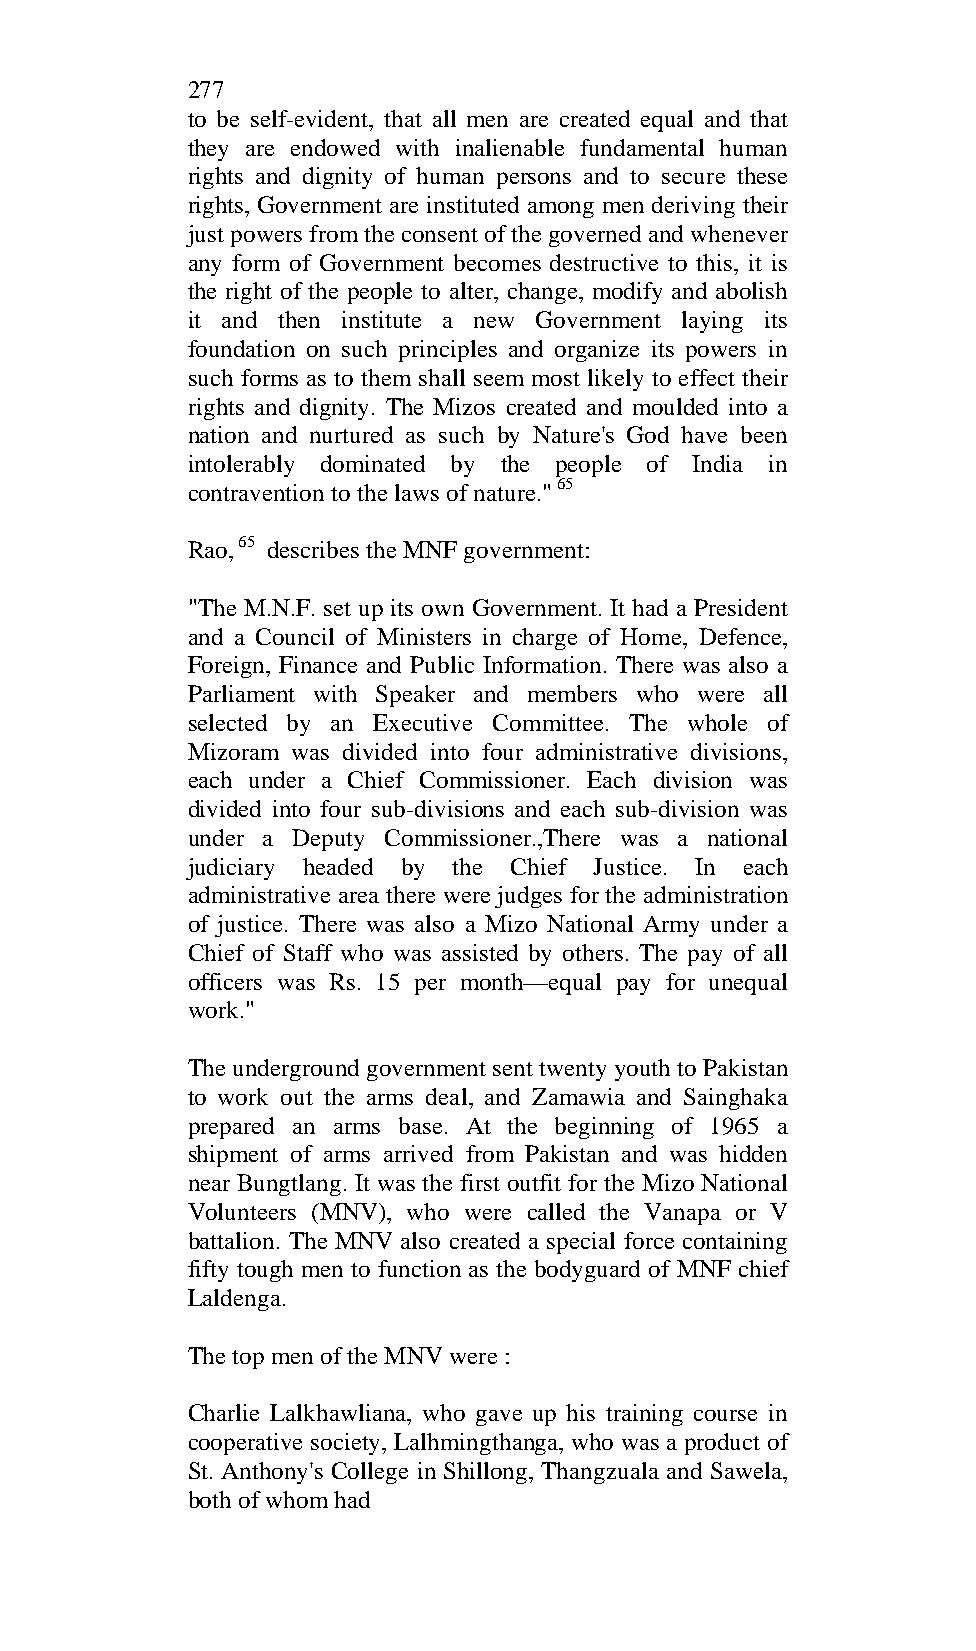
277
 to be self-evident, that all men are created equal and that
 they are endowed with inalienable fundamental human
 rights and dignity of human persons and to secure these
 rights, Government are instituted among men deriving their
 just powers from the consent of the governed and whenever
 any form of Government becomes destructive to this, it is
 the right of the people to alter, change, modify and abolish
 it and then institute a new Government laying its
 foundation on such principles and organize its powers in
 such forms as to them shall seem most likely to effect their
 rights and dignity. The Mizos created and moulded into a
 nation and nurtured as such by Nature's God have been
 intolerably dominated by the people of India in
 contravention to the laws of nature." 65
 Rao, 65 describes the MNF government:
 "The M.N.F. set up its own Government. It had a President
 and a Council of Ministers in charge of Home, Defence,
 Foreign, Finance and Public Information. There was also a
 Parliament with Speaker and members who were all
 selected by an Executive Committee. The whole of
 Mizoram was divided into four administrative divisions,
 each under a Chief Commissioner. Each division was
 divided into four sub-divisions and each sub-division was
 under a Deputy Commissioner.,There was a national
 judiciary headed by the Chief Justice. In each
 administrative area there were judges for the administration
 of justice. There was also a Mizo National Army under a
 Chief of Staff who was assisted by others. The pay of all
 officers was Rs. 15 per month—equal pay for unequal
 work."
 The underground government sent twenty youth to Pakistan
 to work out the arms deal, and Zamawia and Sainghaka
 prepared an arms base. At the beginning of 1965 a
 shipment of arms arrived from Pakistan and was hidden
 near Bungtlang. It was the first outfit for the Mizo National
 Volunteers (MNV), who were called the Vanapa or V
 battalion. The MNV also created a special force containing
 fifty tough men to function as the bodyguard of MNF chief
 Laldenga.
 The top men of the MNV were :
 Charlie Lalkhawliana, who gave up his training course in
 cooperative society, Lalhmingthanga, who was a product of
 St. Anthony's College in Shillong, Thangzuala and Sawela,
 both of whom had